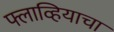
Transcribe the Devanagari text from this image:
फ्लाव्हियाचा